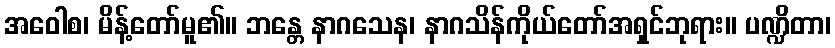
အဝေါစ၊ မိန့်တော်မူ၏။ ဘန္တေ နာဂသေန၊ နာဂသိန်ကိုယ်တော်အရှင်ဘုရား။ ပဏ္ဍိတာ၊